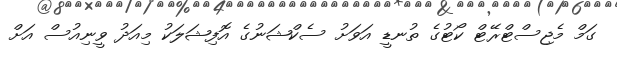
ގަމް މެޖިސްޓްރޭޓް ކޯޓުގެ ތުނޑީ އަވަށު ސެކްޝަނުގެ އޮފިޝަލަކު މިއަދު ވީނިއުސް އަށް